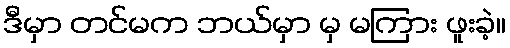
ဒီမှာ တင်မက ဘယ်မှာ မှ မကြား ဖူးခဲ့။